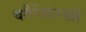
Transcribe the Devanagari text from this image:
वगैरेंसारखी